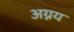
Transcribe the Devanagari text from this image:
अग्नय